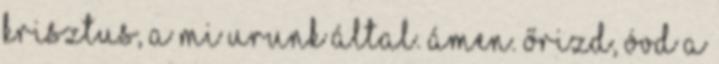
Krisztus, a mi Urunk által. Ámen. őrizd, óvd a